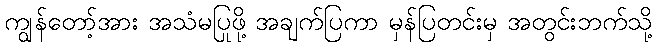
ကျွန်တော့်အား အသံမပြုဖို့ အချက်ပြကာ မှန်ပြတင်းမှ အတွင်းဘက်သို့